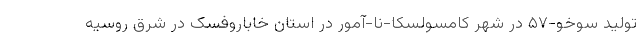
تولید سوخو-۵۷ در شهر کامسولسکا-نا-آمور در استان خاباروفسک در شرق روسیه